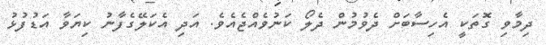
ދިމާވި ގޮތަކީ އެހިސާބަށް ދެވުމުން ދެލޯ ކަނުވެއްޖެއެވެ. އަދި އެކަލޭގެފާނު ކިޔަވާ އަޑުފުޅު